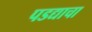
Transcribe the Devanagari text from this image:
पडद्याचा